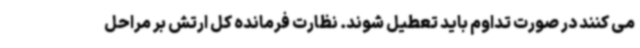
می کنند در صورت تداوم باید تعطیل شوند. نظارت فرمانده کل ارتش بر مراحل